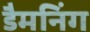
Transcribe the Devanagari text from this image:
डैमनिंग